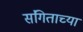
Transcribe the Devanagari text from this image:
संगिताच्या